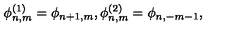
\phi _ { n , m } ^ { ( 1 ) } = \phi _ { n + 1 , m } , \phi _ { n , m } ^ { ( 2 ) } = \phi _ { n , - m - 1 } ,